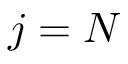
j = N